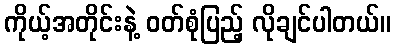
ကိုယ့်အတိုင်းနဲ့ ဝတ်စုံပြည့် လိုချင်ပါတယ်။